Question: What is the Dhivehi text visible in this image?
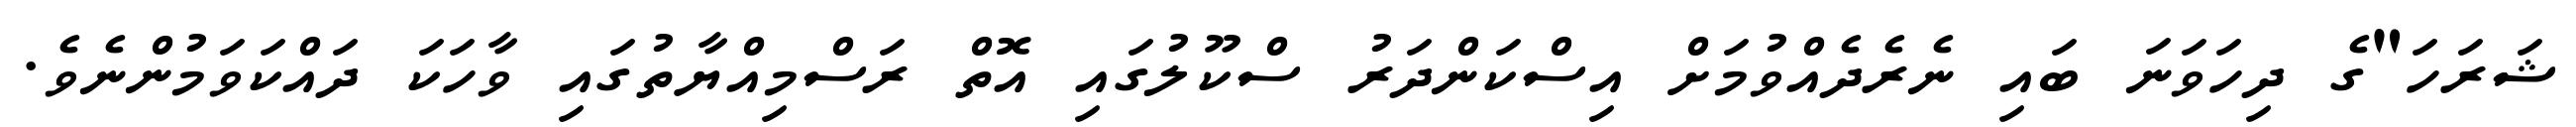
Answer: ޝަރަހަ"ގެ ދިހަވަނަ ބައި ނެރެދެއްވުމަށް އިސްކަންދަރު ސްކޫލުގައި އޮތް ރަސްމިއްޔާތުގައި ވާހަކަ ދައްކަވަމުންނެވެ.